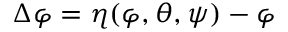
\Delta \varphi = \eta ( \varphi , \theta , \psi ) - \varphi